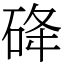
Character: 䂫